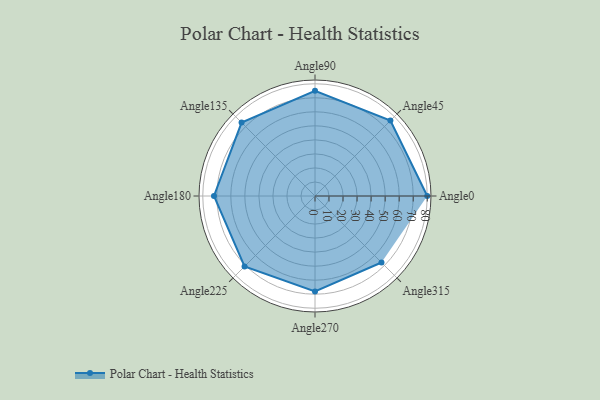
{"axis": {"x": "Angle", "y": "Radius"}, "legend": [""], "data": [{"x": "Angle0", "y": 80.0, "type": ""}, {"x": "Angle45", "y": 76.0, "type": ""}, {"x": "Angle90", "y": 75.0, "type": ""}, {"x": "Angle135", "y": 74.0, "type": ""}, {"x": "Angle180", "y": 72.0, "type": ""}, {"x": "Angle225", "y": 71.0, "type": ""}, {"x": "Angle270", "y": 68.0, "type": ""}, {"x": "Angle315", "y": 67.0, "type": ""}]}